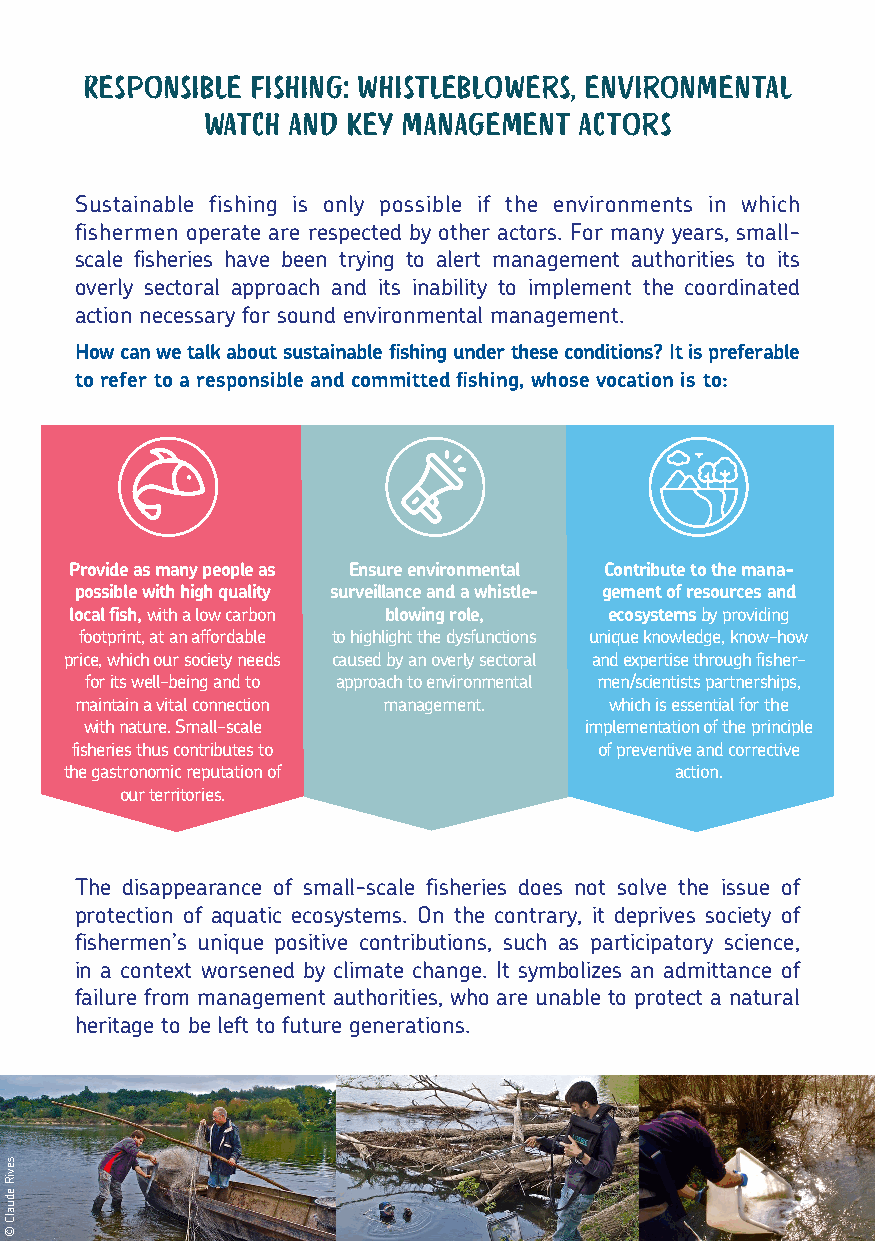
Responsible fishing: whistleblowers, environmental
 watch and key management actors
 Sustainable fishing is only possible if the environments in which
 fishermen operate are respected by other actors. For many years, small-
 scale fisheries have been trying to alert management authorities to its
 overly sectoral approach and its inability to implement the coordinated
 action necessary for sound environmental management.
 How can we talk about sustainable fishing under these conditions? It is preferable
 to refer to a responsible and committed fishing, whose vocation is to:
 Provide as many people as Ensure environmental Contribute to the mana-
 possible with high quality surveillance and a whistle- gement of resources and
 local fish, with a low carbon blowing role, ecosystems by providing
 footprint, at an affordable to highlight the dysfunctions unique knowledge, know-how
 price, which our society needs caused by an overly sectoral and expertise through fisher-
 for its well-being and to approach to environmental men/scientists partnerships,
 maintain a vital connection management. which is essential for the
 with nature. Small-scale         implementation of the principle
 fisheries thus contributes to      of preventive and corrective
 the gastronomic reputation of            action.
 our territories.
 The disappearance of small-scale fisheries does not solve the issue of
 protection of aquatic ecosystems. On the contrary, it deprives society of
 fishermen’s unique positive contributions, such as participatory science,
 in a context worsened by climate change. It symbolizes an admittance of
 failure from management authorities, who are unable to protect a natural
 heritage to be left to future generations.
 seviR
 edualC
 ©